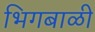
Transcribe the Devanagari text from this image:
भिगबाळी